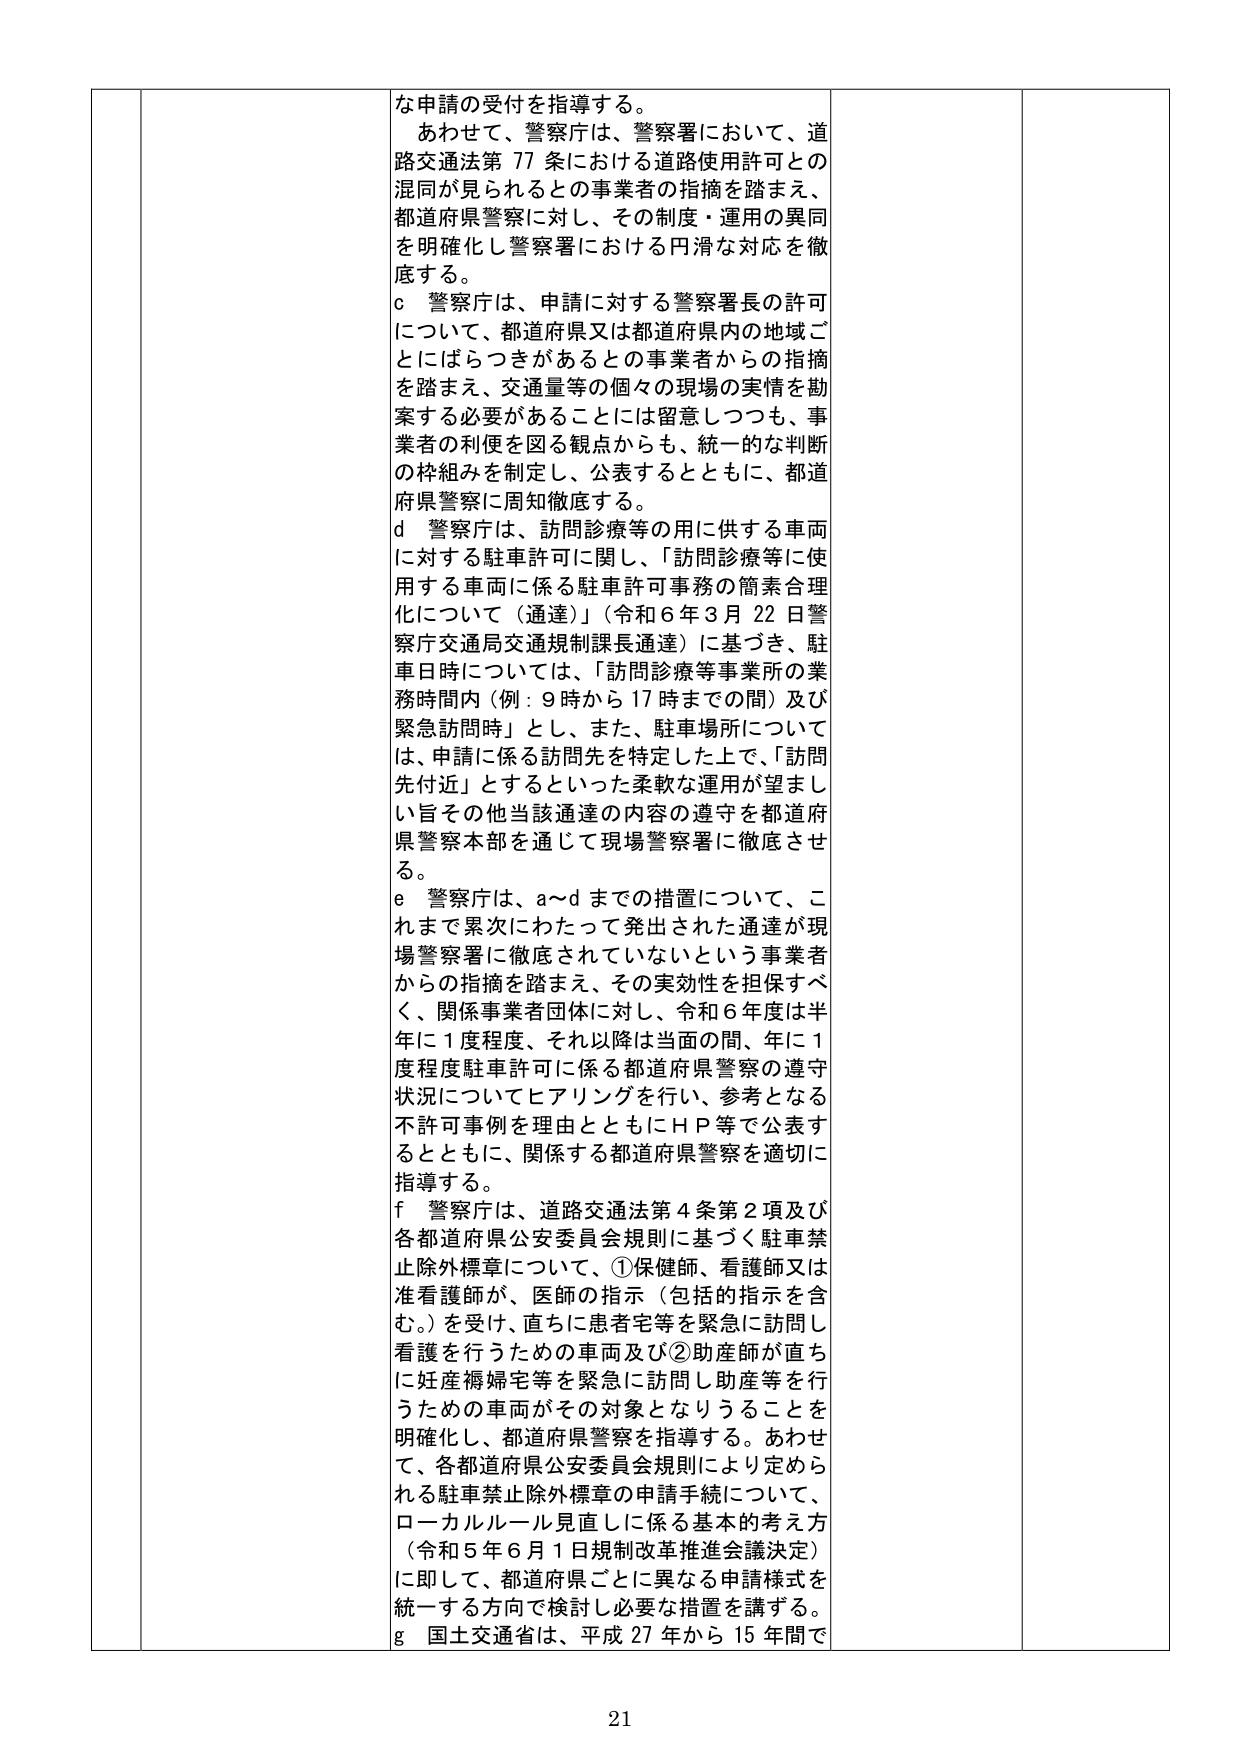
な申請の受付を指導する。

あわせて、警察庁は、警察署において、道路交通法第77条における道路使用許可との混同が見られるとの事業者の指摘を踏まえ、都道府県警察に対し、その制度・運用の異同を明確化し警察署における円滑な対応を徹底する。

c 警察庁は、申請に対する警察署長の許可について、都道府県又は都道府県内の地域ごとにばらつきがあるとの事業者からの指摘を踏まえ、交通量等の個々の現場の実情を勘案する必要があることに留意しつつも、事業者の利便を図る観点からも、統一的な判断の枠組みを制定し、公表するとともに、都道府県警察に周知徹底する。

d 警察庁は、訪問診療等の用に供する車両に対する駐車許可に関し、「訪問診療等に使用する車両に係る駐車許可事務の簡素合理化について（通達）」（令和6年3月22日警察庁交通局交通規制課長通達）に基づき、駐車日時については、「訪問診療等事業所の業務時間内（例：9時から17時までの間）及び緊急訪問時」とし、また、駐車場所については、申請に係る訪問先を特定した上で、「訪問先付近」とするといった柔軟な運用が望ましい旨その他当該通達の内容の遵守を都道府県警察本部を通じて現場警察署に徹底させる。

e 警察庁は、a～dまでの措置について、これまで累次にわたって発出された通達が現場警察署に徹底されていないという事業者からの指摘を踏まえ、その実効性を担保すべく、関係事業者団体に対し、令和6年度は半年に1度程度、それ以降は当面の間、年に1度程度駐車許可に係る都道府県警察の遵守状況についてヒアリングを行い、参考となる不許可事例を理由とともにHP等で公表するとともに、関係する都道府県警察を適切に指導する。

f 警察庁は、道路交通法第4条第2項及び各都道府県公安委員会規則に基づく駐車禁止除外標章について、①保健師、看護師又は准看護師が、医師の指示（包括的指示を含む。）を受け、直ちに患者宅等を緊急に訪問し看護を行うための車両及び②助産師が直ちに妊産褥婦宅等を緊急に訪問し助産等を行うための車両がその対象となりうることを明確化し、都道府県警察を指導する。あわせて、各都道府県公安委員会規則により定められる駐車禁止除外標章の申請手続について、ローカルルール見直しに係る基本的考え方（令和5年6月1日規制改革推進会議決定）に即して、都道府県ごとに異なる申請様式を統一する方向で検討し必要な措置を講ずる。

g 国土交通省は、平成27年から15年間で

21